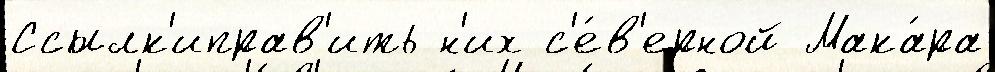
Ссылк'иправ'ить н'их с'е́в'ерной Мака́ра